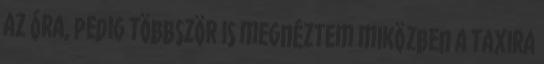
az óra, pedig többször is megnéztem miközben a taxira